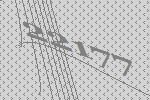
22177